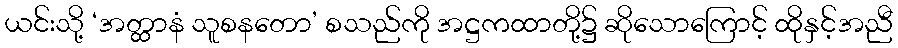
ယင်းသို့ ‘အတ္ထာနံ သူစနတော’ စသည်ကို အဋ္ဌကထာတို့၌ ဆိုသောကြောင့် ထိုနှင့်အညီ